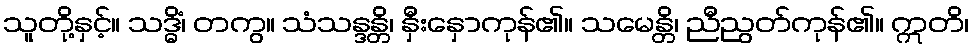
သူတို့နှင့်။ သဒ္ဓိံ၊ တကွ။ သံသန္ဒန္တိ၊ နှီးနှောကုန်၏။ သမေန္တိ၊ ညီညွတ်ကုန်၏။ ဣတိ၊